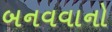
બનવવાનો